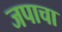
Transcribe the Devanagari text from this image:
जपाचा